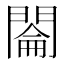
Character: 𰿡